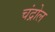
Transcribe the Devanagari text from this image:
चंद्रोल